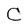
Character: C